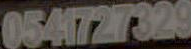
0541727329